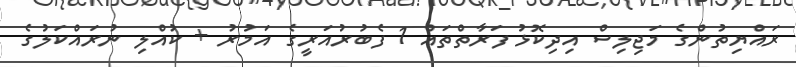
ރައްޔިތުންގެ މަޖިލިސް އިދިކޮޅު ފަރާތްތައް 1 ފެބުރުއަރީގެ އަމުރު + ކުއްލި ނުރައްކަލުގެ